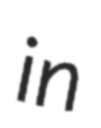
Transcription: in